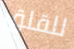
للقلق